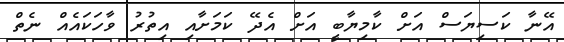
އޭނާ ކަސިޔަސް އަށް ކާމިޔާބީ އަށް އެދޭ ކަމަށާއި އިތުރު ވާހަކައެއް ނެތް